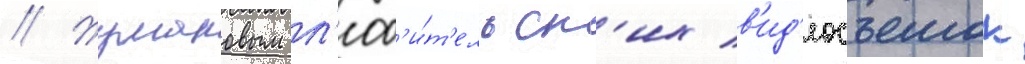
// Жумановым л'юб'и́т'ельск'их в'ид'еосъемок